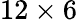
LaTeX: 12\times 6